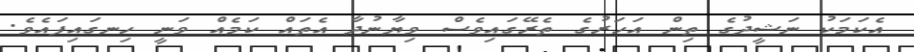
އެކަމަކު ނަޝީދުގެ ތިން އަހަރުގެ ތެރޭގައިވެސް ވިޔާނުދާ އެތައް ކަމެއް ވަނީ ހިނގައިފައެވެ.